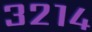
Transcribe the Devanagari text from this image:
३२१४